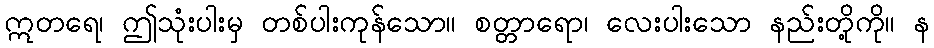
ဣတရေ၊ ဤသုံးပါးမှ တစ်ပါးကုန်သော။ စတ္တာရော၊ လေးပါးသော နည်းတို့ကို။ န